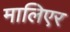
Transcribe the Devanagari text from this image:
मालिएर